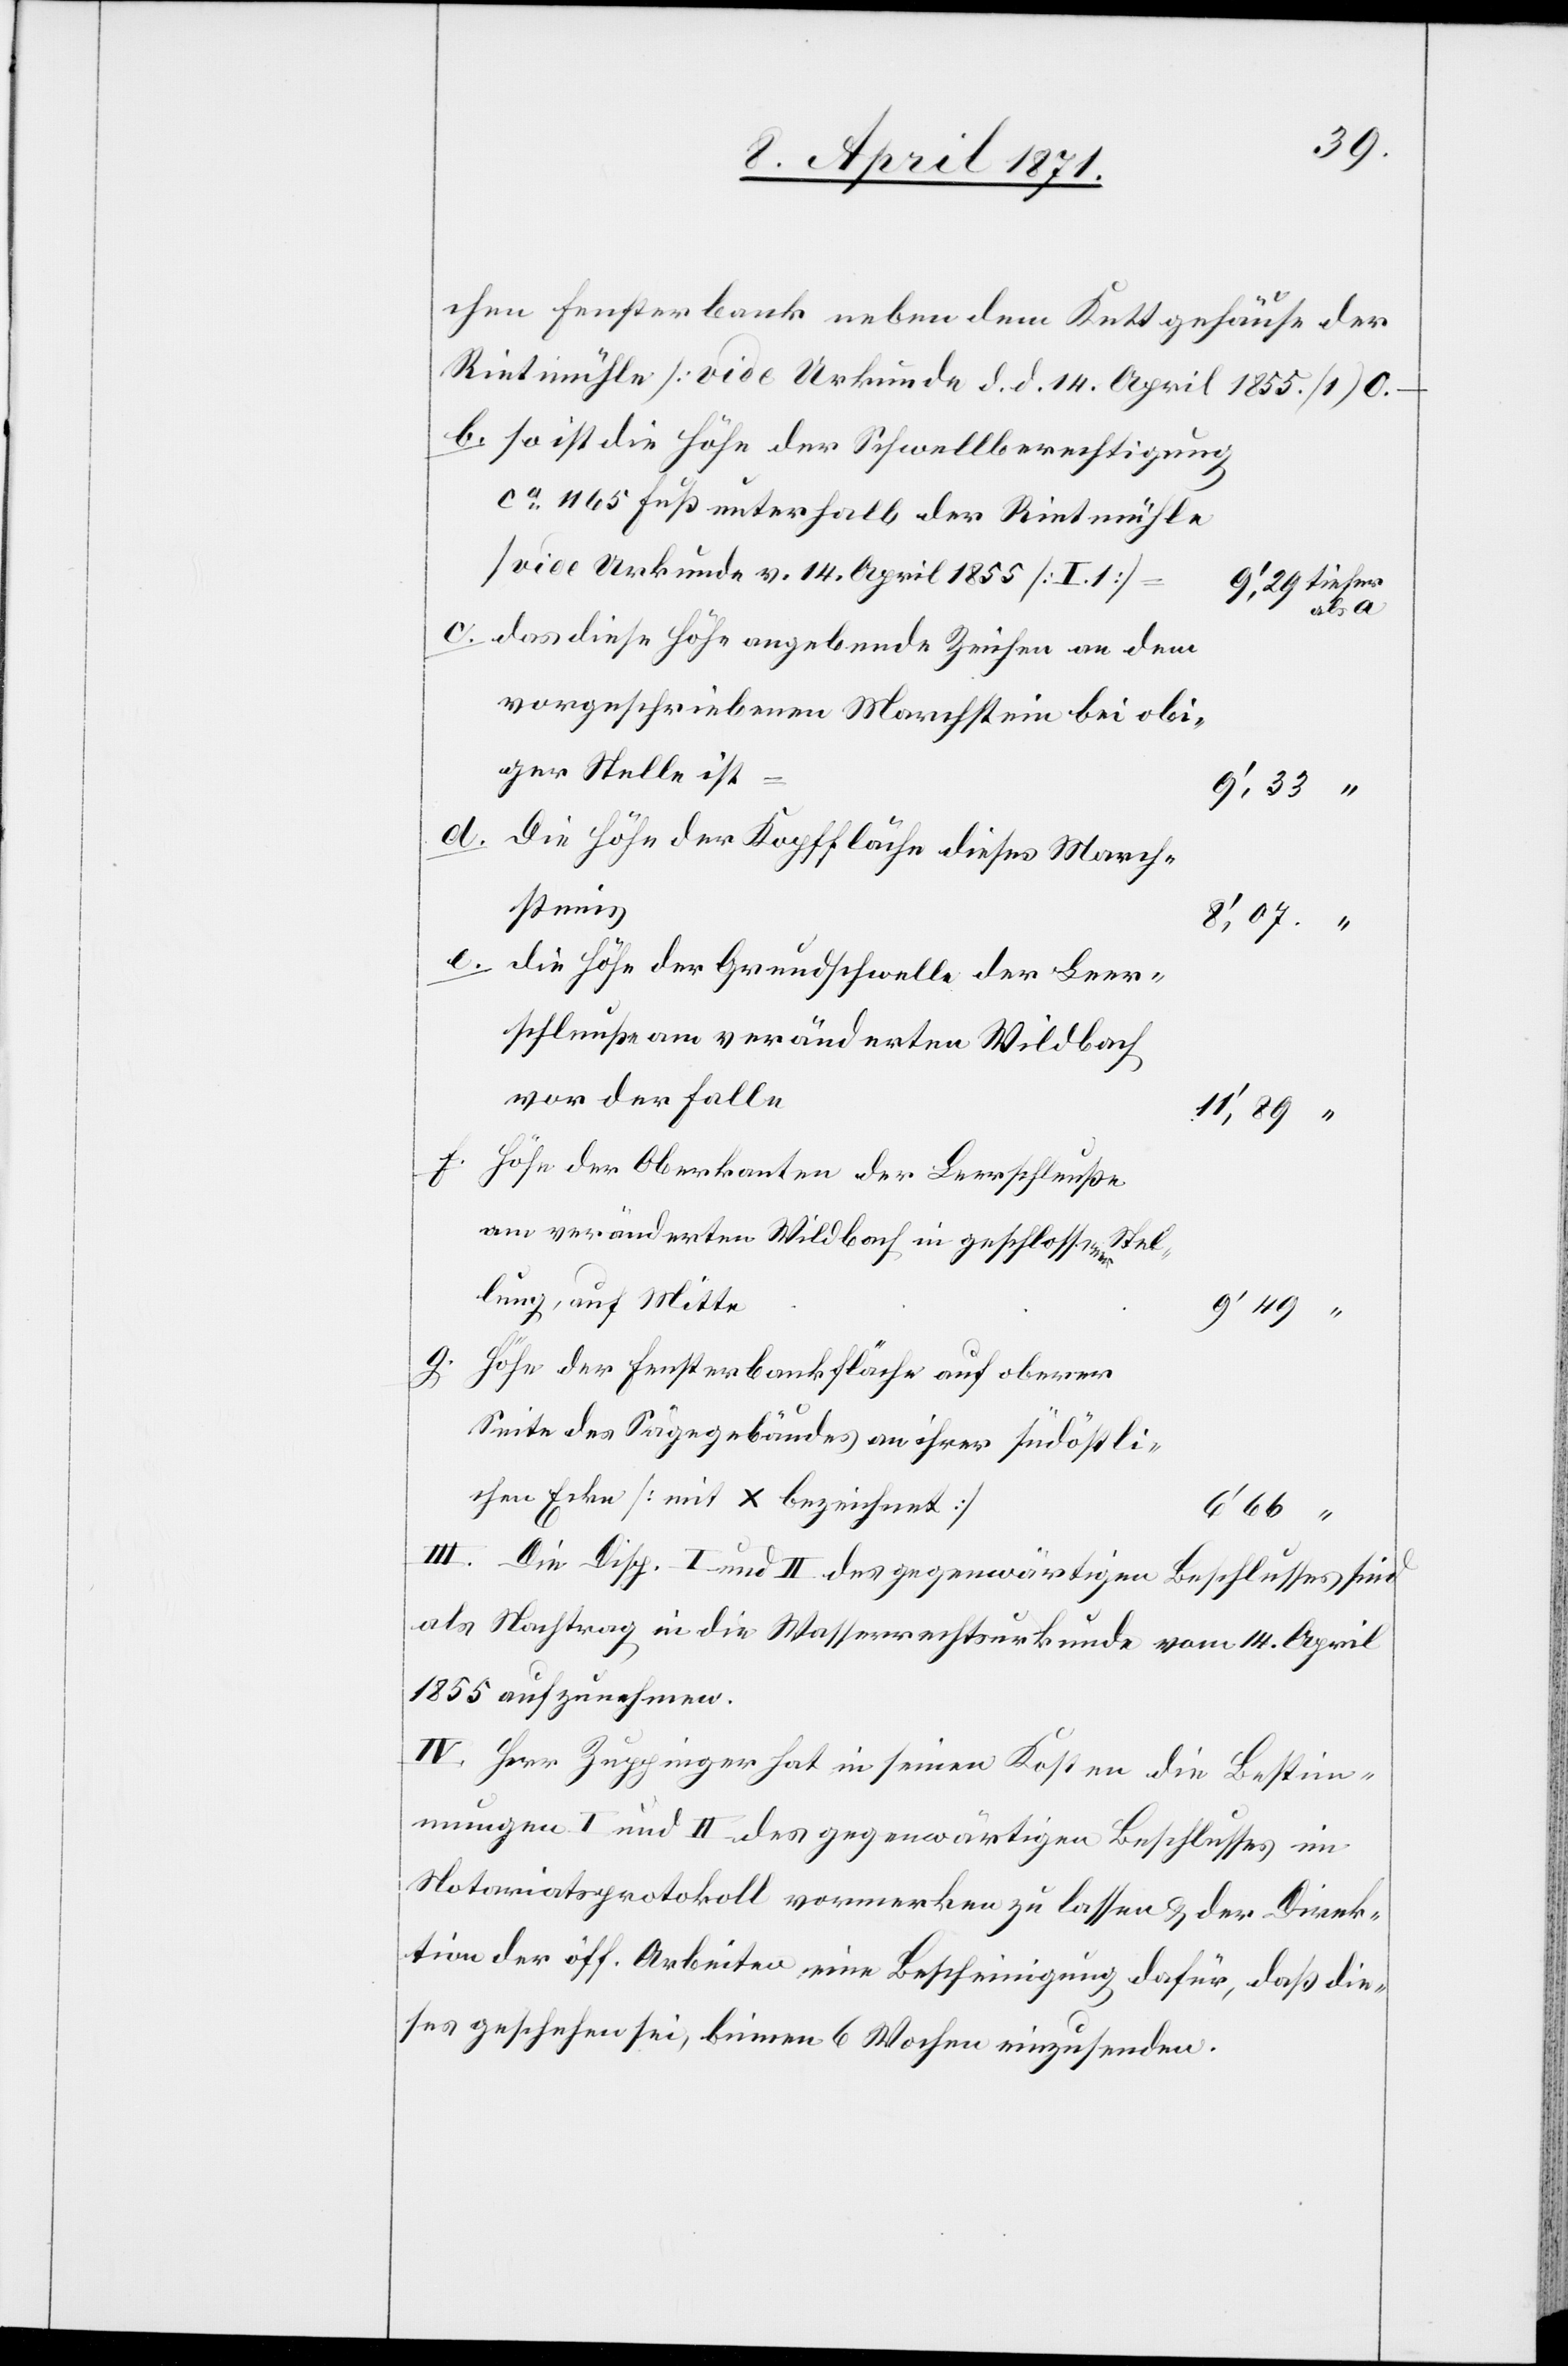
chen Fensterbank neben dem Kettgehäuse der
Rietmühle [vide Urkunde d. d. 14. April 1855./1] 0.–
So ist die Höhe der Schwellberechtigung
[vide Urkunde v. 14. April 1855 [I.1][]]
als a
das diese Höhe angebende Zeichen an dem
iger Stelle ist
am
Ste¬
Die Höhe der Kopffläche dieses March¬
steins
8‘,07.
die Höhe der Grundschwelle der Leer¬
schleuße am veränderten Wildbach
vor der Falle
11‘,89
Höhe der Oberkante der Leerschleuße
llung, auf Mitte
ca. 1165
Höhe der Fensterbankfläche auf oberer
Seite des Sägegebäudes an ihrer südöstli¬
chen Ecke [mit x bezeichnet]
6‘66
III. Die Disp. I und II des gegenwärtigen Beschlusses sind
als Nachtrag in die Wasserrechtsurkunde vom 14. April
1855 aufzunehmen.
IV. Herr Zuppinger hat in seinen Kosten die Bestim¬
mung I und II des gegenwärtigen Beschlusses im
Notariatsprotokoll vormerken zu lassen u. der Direk¬
tion der öff. Arbeiten eine Bescheinigung dafür, daß die¬
ses geschehen sei, binnen 6 Wochen einzusenden.

g.